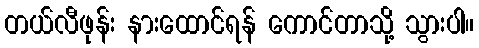
တယ်လီဖုန်း နားထောင်ရန် ကောင်တာသို့ သွားပါ။